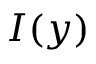
I ( y )